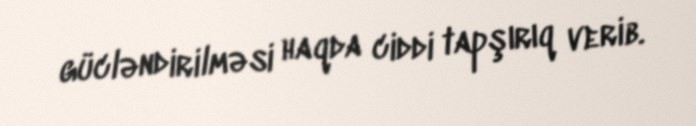
gücləndirilməsi haqda ciddi tapşırıq verib.